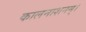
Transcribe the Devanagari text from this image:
कालनाशनम्।